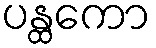
ပန္ထကော